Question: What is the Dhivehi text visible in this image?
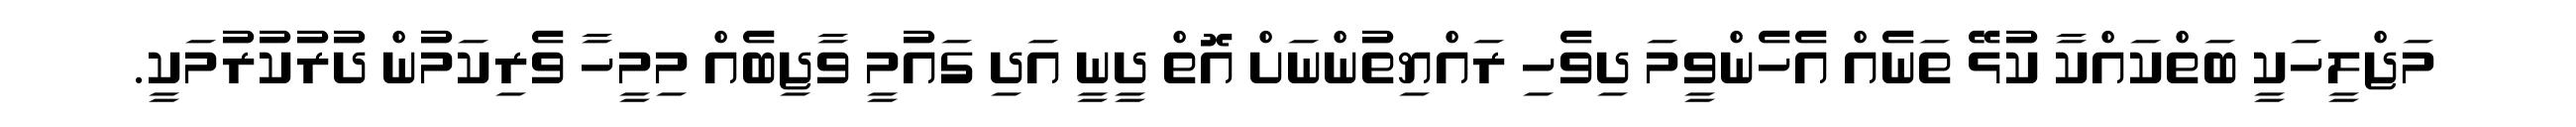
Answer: މަޖްލީހަކީ ބަތްކައްކާ ކުޅޭ ތަނެއް އެހެންވީމަ ދިވެހި ރައްޔިތުންނަށް އޮތް ދީނީ އަދި ގައުމީ ވާޖިބެއް މިމީހާ ވެރިކަމުން ދުރުކުރުމަކީ.